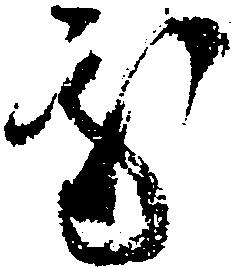
処